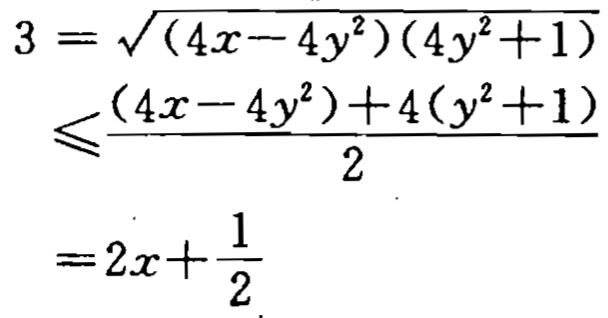
\[
\begin{align*}
3&=\sqrt{(4x - 4y^{2})(4y^{2}+1)}\\
&\leqslant\frac{(4x - 4y^{2})+4(y^{2}+1)}{2}\\
&=2x+\frac{1}{2}
\end{align*}
\]